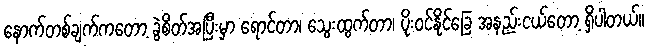
နောက်တစ်ချက်ကတော့ ခွဲစိတ်အပြီးမှာ ရောင်တာ၊ သွေးထွက်တာ၊ ပိုးဝင်နိုင်ခြေ အနည်းငယ်တော့ ရှိပါတယ်။